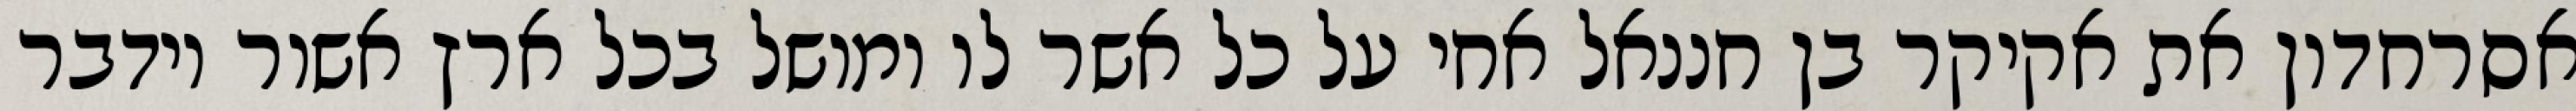
אסרחדון את אקיקר בן חננאל אחי על כל אשר לו ומושל בכל ארץ אשור וידבר